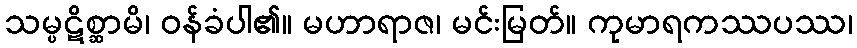
သမ္ပဋိစ္ဆာမိ၊ ဝန်ခံပါ၏။ မဟာရာဇ၊ မင်းမြတ်။ ကုမာရကဿပဿ၊